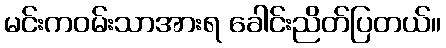
မင်းကဝမ်းသာအားရ ခေါင်းညိတ်ပြတယ်။